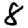
Digit: 8